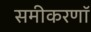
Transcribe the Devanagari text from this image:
समीकरणॉ